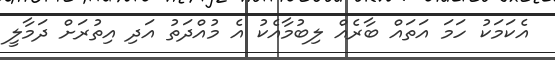
އެކަމަކު ހަމަ އަތައް ބާރެއް ލިބުމާއެކު އެ މުއްދަތު އަދި އިތުރަށް ދަމާލީ